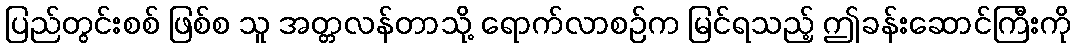
ပြည်တွင်းစစ် ဖြစ်စ သူ အတ္တလန်တာသို့ ရောက်လာစဉ်က မြင်ရသည့် ဤခန်းဆောင်ကြီးကို